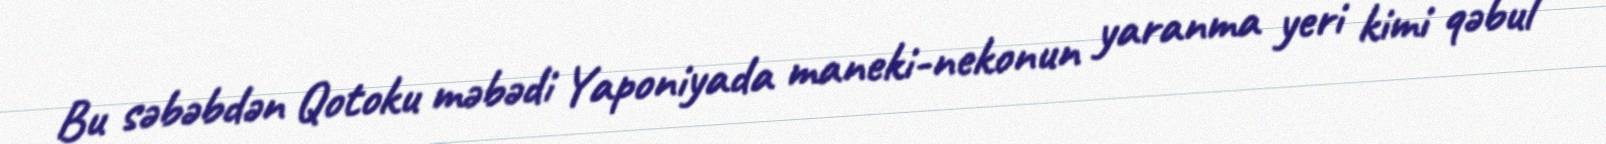
Bu səbəbdən Qotoku məbədi Yaponiyada maneki-nekonun yaranma yeri kimi qəbul